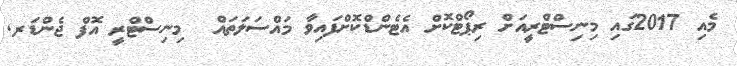
މެއި 2017ގައި މިނިސްޓްރީއަށް ރިޕޯޓްކޮށް އެޓެންޑްކޮށްފައިވާ މައްސަލަތައް  މިނިސްޓްރީ އޮފް ޖެންޑަރ